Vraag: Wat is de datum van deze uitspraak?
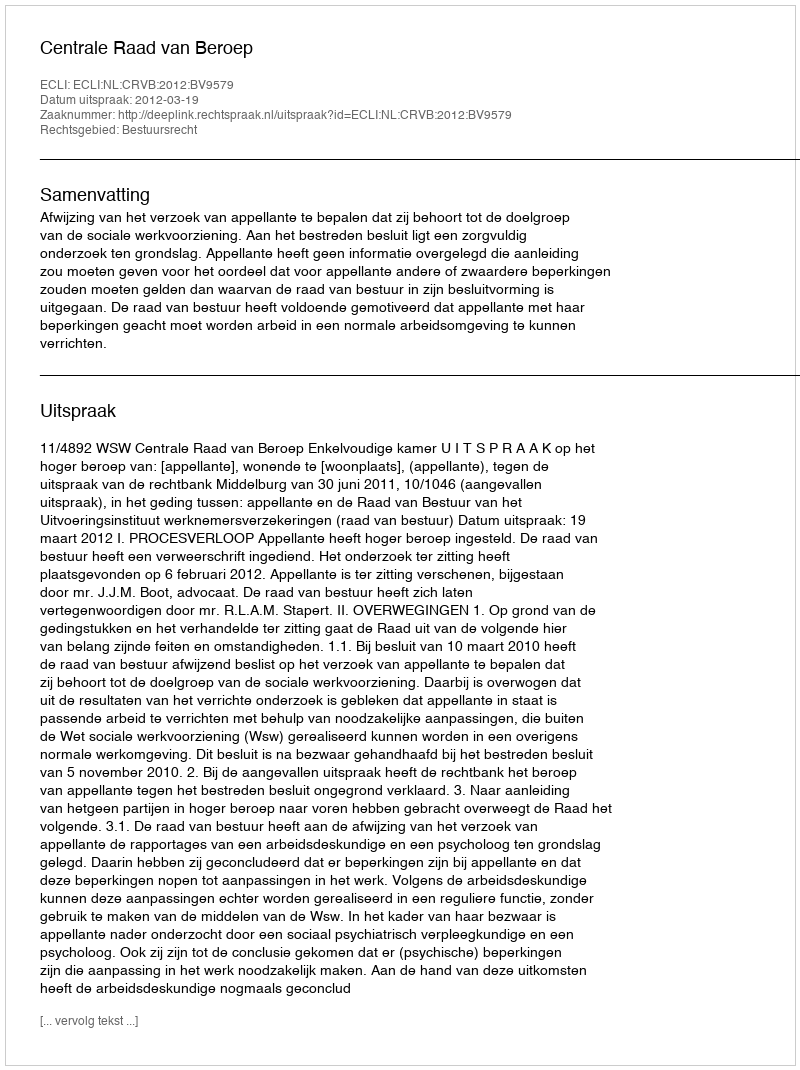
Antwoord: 2012-03-19